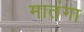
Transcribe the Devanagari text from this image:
मातंगा